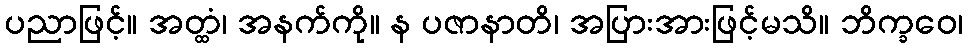
ပညာဖြင့်။ အတ္ထံ၊ အနက်ကို။ န ပဇာနာတိ၊ အပြားအားဖြင့်မသိ။ ဘိက္ခဝေ၊